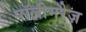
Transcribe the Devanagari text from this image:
पॉलीमरेज़